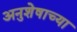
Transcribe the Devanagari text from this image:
अनुशेषाच्या